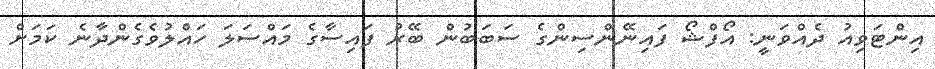
އިންޓަވިއު ދެއްވަނީ: އޯފްޝޯ ފައިނޭންސިންގެ ސަބަބުން ބޭރު ފައިސާގެ މައްސަލަ ހައްލުވެގެންދާނެ ކަމަށް